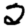
Digit: 2